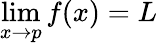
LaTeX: \operatorname*{lim}_{x\to p}f(x)=L